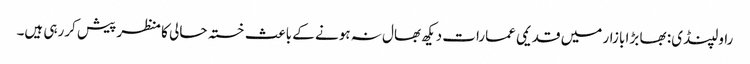
راولپنڈی: بھا بڑا بازار میں قدیمی عمارات دیکھ بھال نہ ہونے کے باعث خستہ حالی کا منظر پیش کررہی ہیں۔